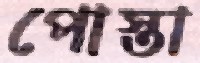
পোস্তা